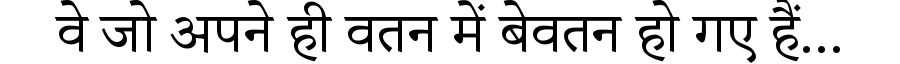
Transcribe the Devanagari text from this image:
वे जो अपने ही वतन में बेवतन हो गए हैं...